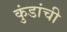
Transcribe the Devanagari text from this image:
कुंडांची